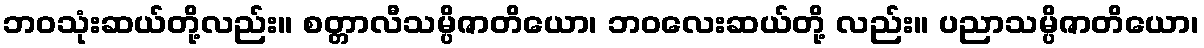
ဘဝသုံးဆယ်တို့လည်း။ စတ္တာလီသမ္ပိဇာတိယော၊ ဘဝလေးဆယ်တို့ လည်း။ ပညာသမ္ပိဇာတိယော၊